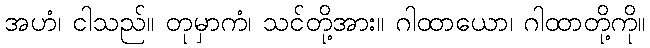
အဟံ၊ ငါသည်။ တုမှာကံ၊ သင်တို့အား။ ဂါထာယော၊ ဂါထာတို့ကို။